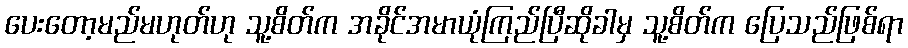
ပေးတော့မည်မဟုတ်ဟု သူ့စိတ်က အခိုင်အမာယုံကြည်ပြီဆိုခါမှ သူ့စိတ်က ပြေသည်ဖြစ်ရာ